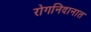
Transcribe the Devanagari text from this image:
रोगनिदानात